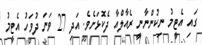
ގައި އެޓީމު ނިކުންނާނީ ރެއާލްއާ ދެކޮޅަށެވެ. އަދި 27 ވަނަ ދުވަހު އެޓީމު